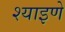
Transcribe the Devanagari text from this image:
श्याइणे